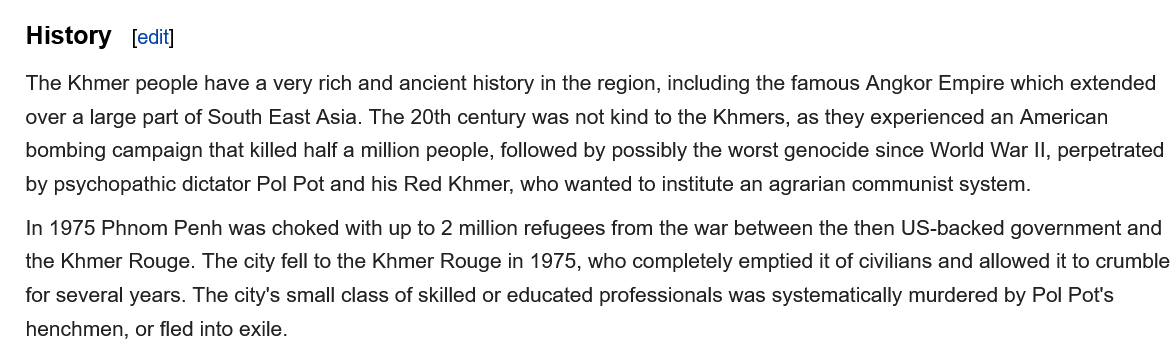
History
   The Khmer people have a very rich and ancient history in the region, including the famous Angkor Empire which extended
   over a large part of South East Asia. The 20th century was not kind to the Khmers, as they experienced an American
   bombing campaign that killed half a million people, followed by possibly the worst genocide since World War II, perpetrated
   by psychopathic dictator Pol Pot and his Red Khmer, who wanted to institute an agrarian communist system.
   In 1975 Phnom Penh was choked with up to 2 million refugees from the war between the then US-backed government and
   the Khmer Rouge. The city fell to the Khmer Rouge in 1975, who completely emptied it of civilians and allowed it to crumble
   for several years. The city's small class of skilled or educated professionals was systematically murdered by Pol Pot's
   henchmen, or fled into exile.
     fedit]